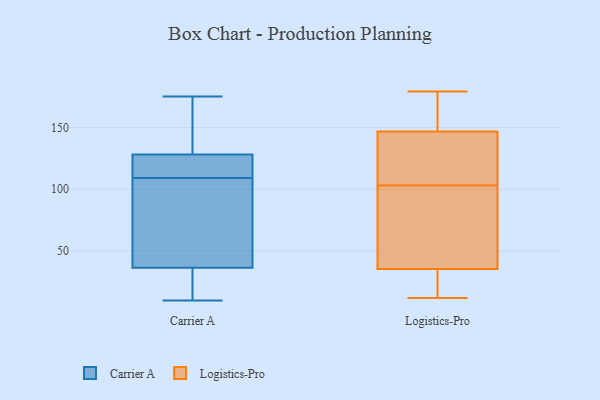
{"axis": {"x": "Production Output", "y": "Value"}, "legend": ["Carrier A", "Logistics-Pro"], "data": [{"x": "", "y": 135, "type": "Carrier A"}, {"x": "", "y": 100, "type": "Carrier A"}, {"x": "", "y": 10, "type": "Carrier A"}, {"x": "", "y": 140, "type": "Carrier A"}, {"x": "", "y": 119, "type": "Carrier A"}, {"x": "", "y": 118, "type": "Carrier A"}, {"x": "", "y": 175, "type": "Carrier A"}, {"x": "", "y": 32, "type": "Carrier A"}, {"x": "", "y": 41, "type": "Carrier A"}, {"x": "", "y": 10, "type": "Carrier A"}, {"x": "", "y": 42, "type": "Carrier A"}, {"x": "", "y": 121, "type": "Carrier A"}, {"x": "", "y": 33, "type": "Logistics-Pro"}, {"x": "", "y": 133, "type": "Logistics-Pro"}, {"x": "", "y": 56, "type": "Logistics-Pro"}, {"x": "", "y": 154, "type": "Logistics-Pro"}, {"x": "", "y": 40, "type": "Logistics-Pro"}, {"x": "", "y": 146, "type": "Logistics-Pro"}, {"x": "", "y": 179, "type": "Logistics-Pro"}, {"x": "", "y": 34, "type": "Logistics-Pro"}, {"x": "", "y": 162, "type": "Logistics-Pro"}, {"x": "", "y": 14, "type": "Logistics-Pro"}, {"x": "", "y": 126, "type": "Logistics-Pro"}, {"x": "", "y": 12, "type": "Logistics-Pro"}, {"x": "", "y": 80, "type": "Logistics-Pro"}, {"x": "", "y": 147, "type": "Logistics-Pro"}, {"x": "", "y": 103, "type": "Logistics-Pro"}]}